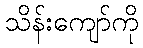
သိန်းကျော်ကို